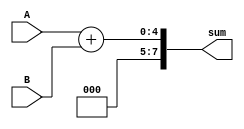
`timescale 1ns / 1ps
// Amruth Niranjan
// October 2022
module adder(
    input [3:0] A,
    input [3:0] B,
    output [7:0] sum
    );
    assign sum = A + B;
endmodule